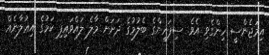
އިމަޖެންސީ ހިންގެވި އެވެ. ސިފައިންގެ ބެލުމުގެ ދަށަށް މާލެ ލައްވައިފި ކަމުގެ އިޢުލާނެއް